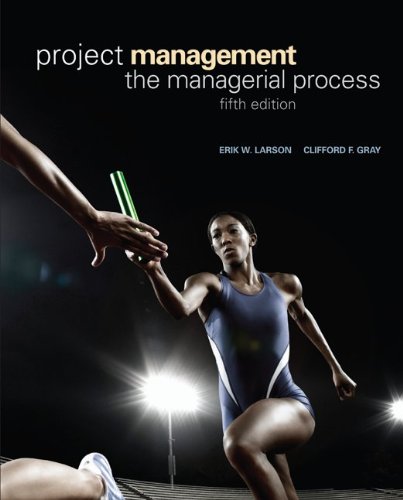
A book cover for Project Management wMSProject2007 CD and Student CD (McGraw-Hill/Irwin Series Operations and Decision Sciences); Erik Larson; Business & Money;